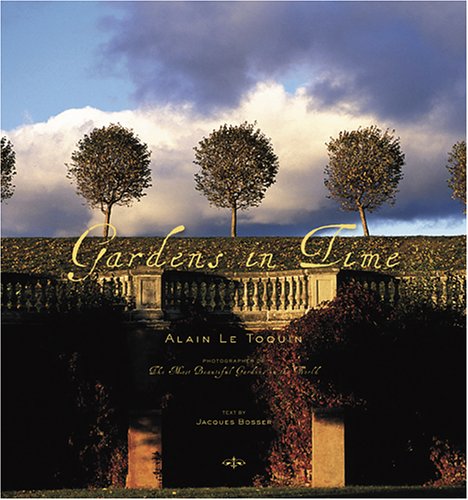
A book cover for Gardens in Time; Jacques Bosser; Crafts, Hobbies & Home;